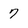
Character: 7